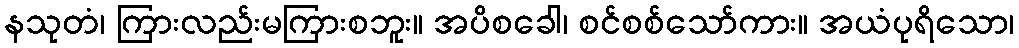
နသုတံ၊ ကြားလည်းမကြားစဘူး။ အပိစခေါ၊ စင်စစ်သော်ကား။ အယံပုရိသော၊